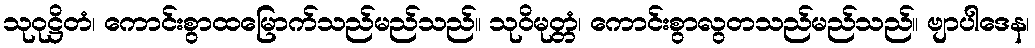
သုဝုဋ္ဌိတံ၊ ကောင်းစွာထမြောက်သည်မည်သည်။ သုဝိမုတ္တံ၊ ကောင်းစွာလွတသည်မည်သည်။ ဗျာပါဒေန၊